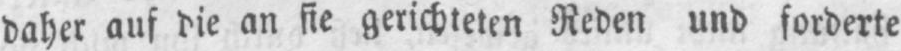
daher auf die an sie gerichteten Reden und forderte